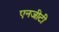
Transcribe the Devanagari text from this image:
एनजीटी